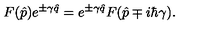
F ( \hat { p } ) e ^ { \pm \gamma \hat { q } } = e ^ { \pm \gamma \hat { q } } F ( \hat { p } \mp i \hbar \gamma ) .